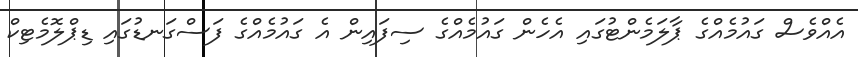
އެއްވެސް ގައުމެއްގެ ޕާލަމެންޓުގައި އެހެން ގައުމެއްގެ ސިފައިން އެ ގައުމެއްގެ ފަސްގަނޑުގައި ޑިޕްލޮމެޓިކް